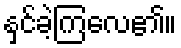
နှင်ခဲ့ကြလေ၏။